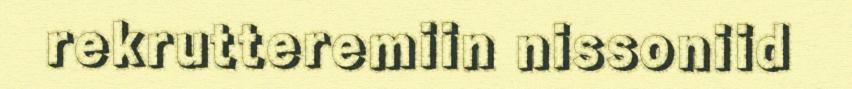
rekrutteremiin nissoniid